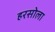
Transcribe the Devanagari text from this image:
हरसोला